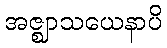
အဇ္ဈာသယေနာပိ